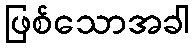
ဖြစ်သောအခါ